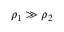
\rho _ { 1 } \gg \rho _ { 2 }